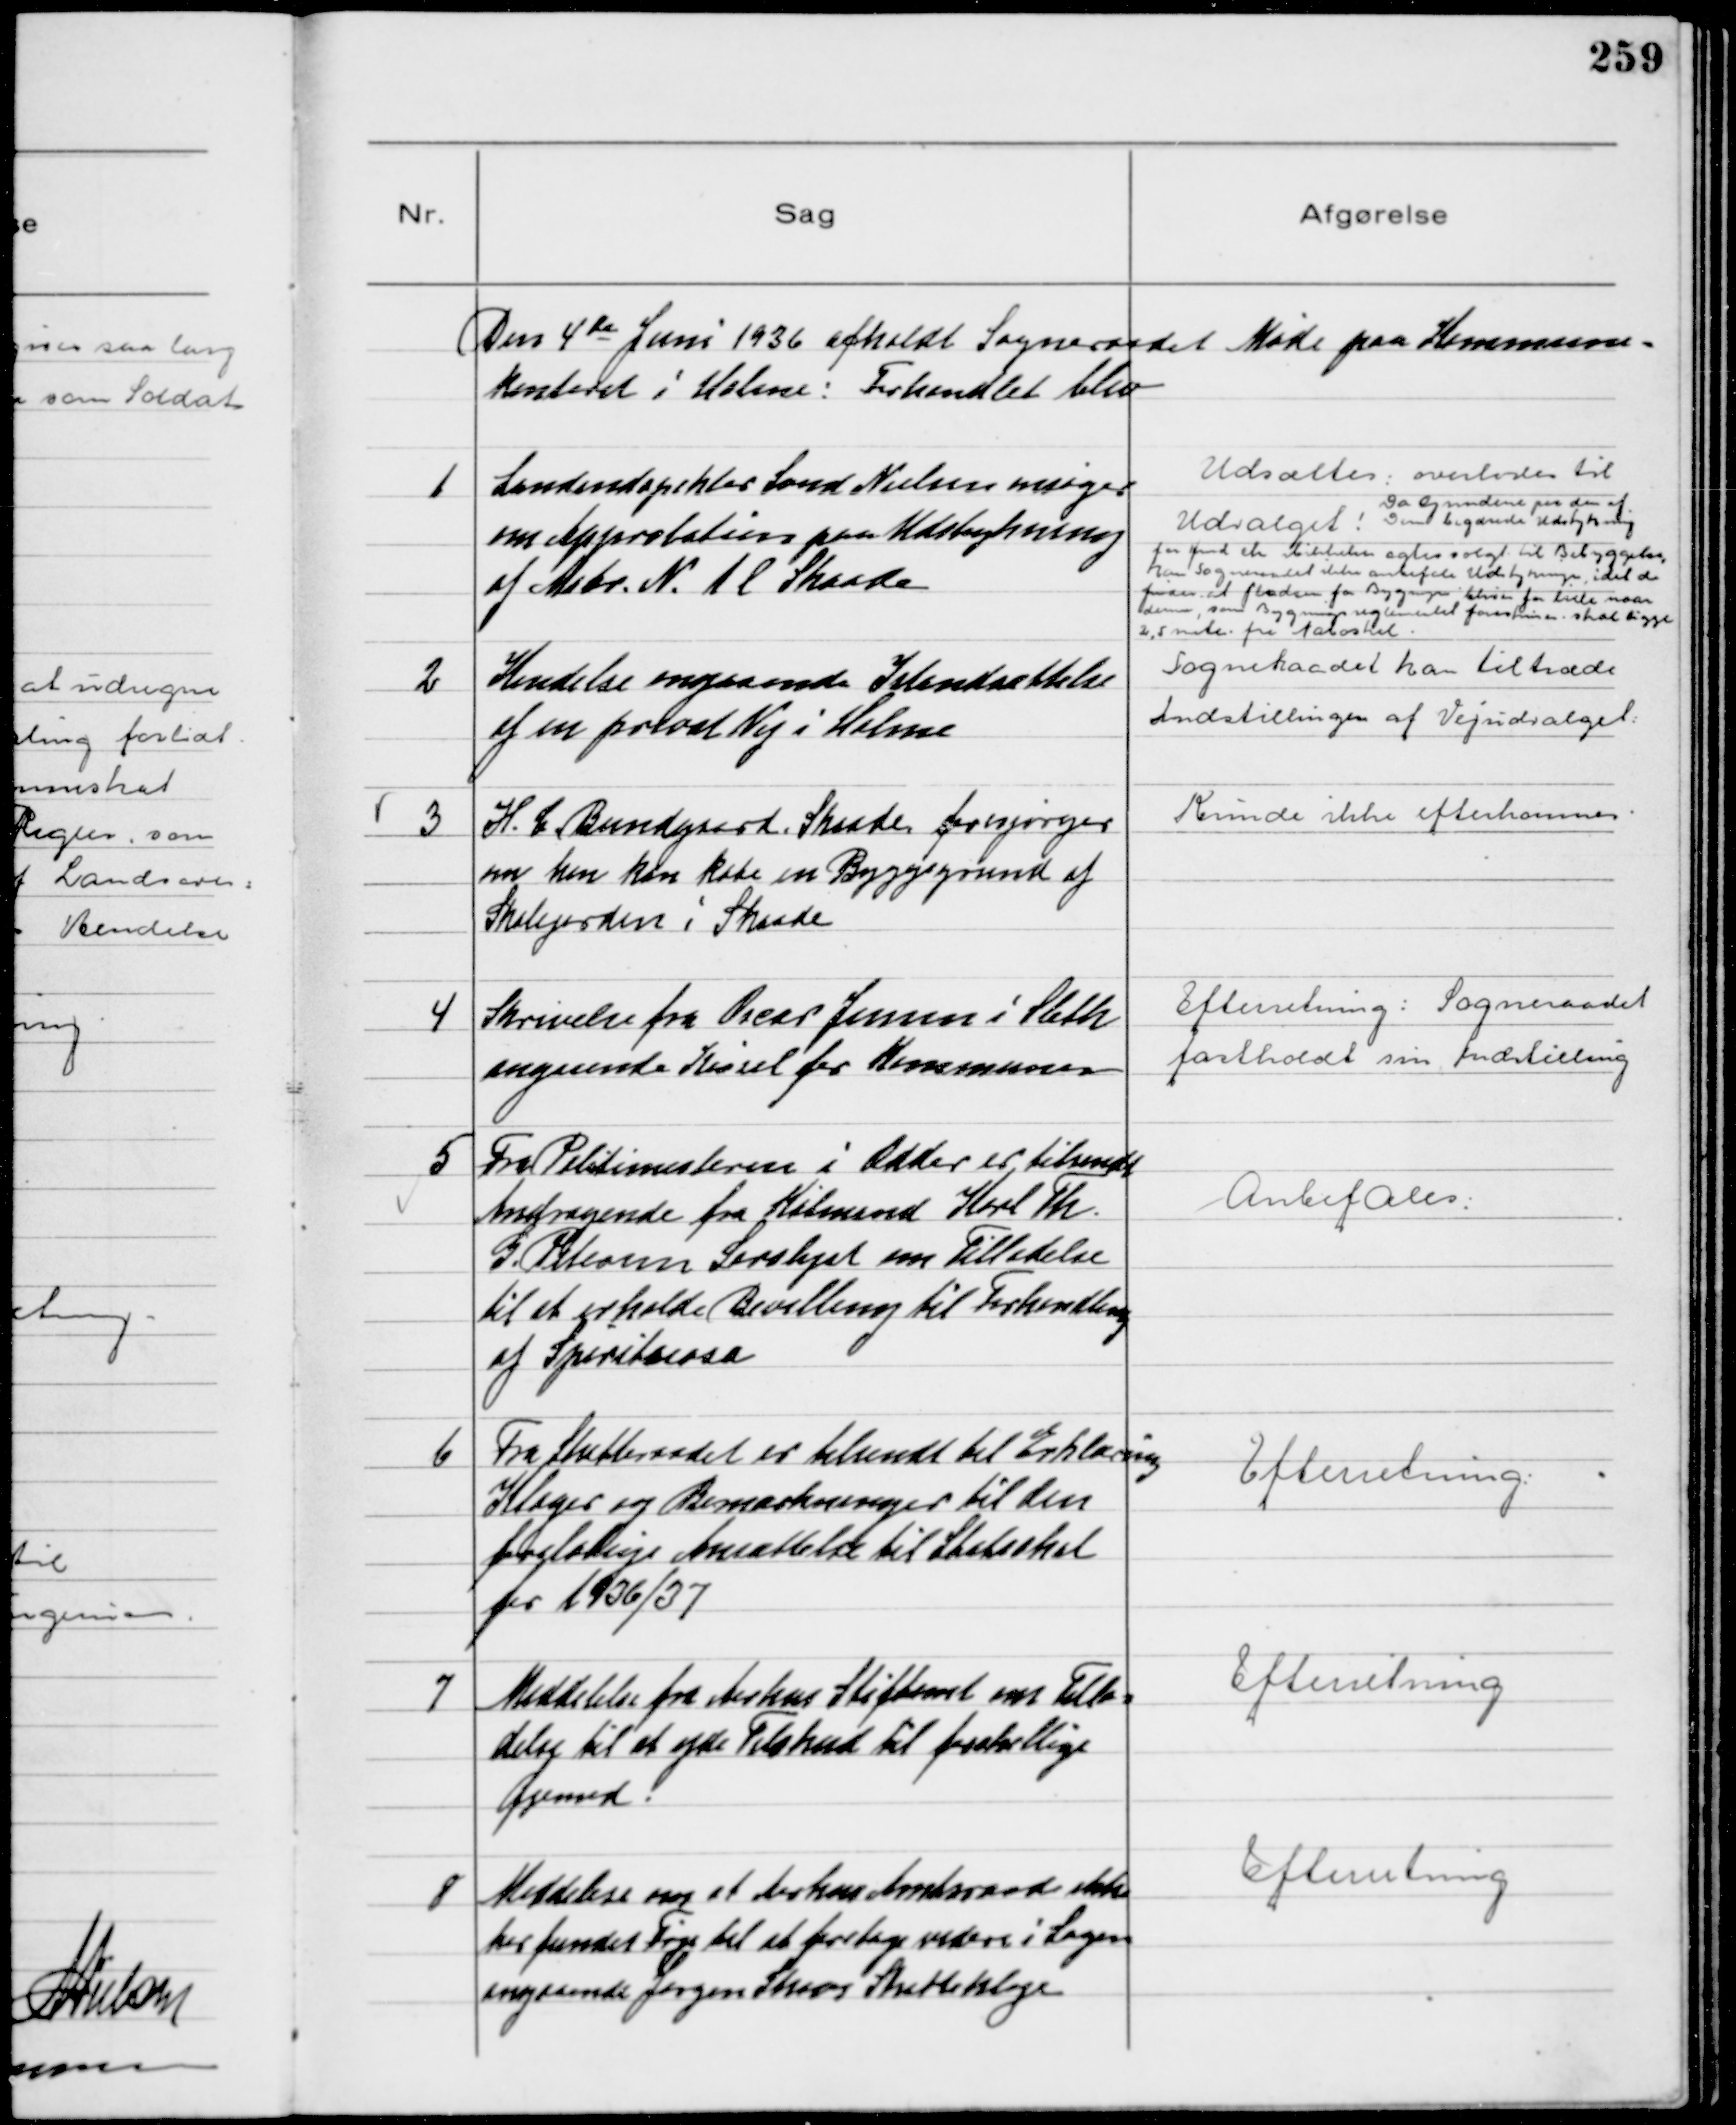
Transskription:
Den 4de Juni 1936 afholdt Sogneraadet Møde paa Kommune-
kontoret i Holme: Forhandlet blev

1
Landindspektør Svend Nielsen ansøger
om Approbation paa Udstykning
af Matr. N. 1l Skaade

Udsattes. Overlodes til
Udvalget!
Da Grundene paa den af
Den begærede Udstykning
for Hmd Ch Mikkelsen agtes solgt til Bebyggelse,
kan Sogneraadet ikke anbefale Udstykningen, idet den
finder at pladsen for Bygninger bliver for lille naar
denne, som Bygningsreglemantet foreskriver skal ligge
2,5 meter fra Naboskel.

2
Kendelse angaaende Istandsættelse
af en privat Vej i Holme

Sogneraadet kan tiltræde
Indstillingen af Vejudvalget

3
H.C. Bundgaard, Skaade forespørger
om han kan købe en Byggegrund af
Skolejorden i Skaade

Kunde ikke efterkommes

4
Skrivelse fra Oscar Jensen i Sleth
angaaende Kørsel for Kommunen

Efterretning: Sogneraadet
fastholdt sin Indstilling

5
Fra Politimesteren i Odder er tilsendt
Andragende fra Købmand Karl Th.
G. Petersen Saralyst om Tilladelse
til at erholde Bevilling til Forhandling
af Spirituosa

Anbefales

6
Fra Skatteraadet er tilsendt til Erklæring
Klager og Bemærkninger til den
foreløbige Ansættelse til Statsskat
for 1936/37

Efterretning

7
Meddelelse fra Aarhus Stiftamt om Tilla-
delse til at yde Tilskud til forskellige
Øjemed.

Efterretning

8
Meddelelse om at Aarhus Amtsraad ikke
har fundet Føje til at foretage videre i Sagen
angaaende Jørgen Skovs Skatteklage

Efterretning